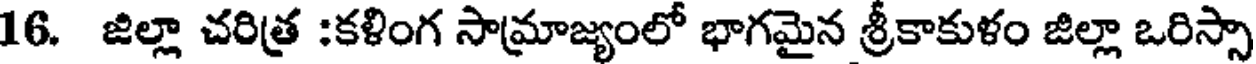
16. జిల్లా చరిత్ర :కళింగ సామ్రాజ్యంలో భాగమైన శ్రీకాకుళం జిల్లా ఒరిస్సా